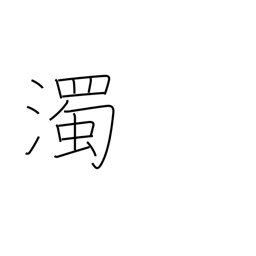
Meaning: voiced